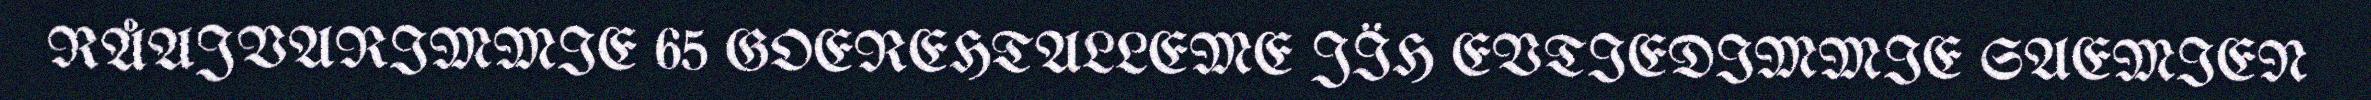
RÅAJVARIMMIE 65 GOEREHTALLEME JÏH EVTIEDIMMIE SAEMIEN